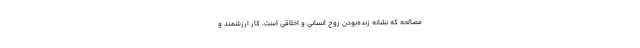
مصالحه که نشانه زنده‌بودن روح انسانی و اخلاقی است، کار ارزشمند و